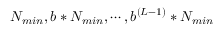
N _ { m i n } , b * N _ { m i n } , \cdots , b ^ { ( L - 1 ) } * N _ { m i n }